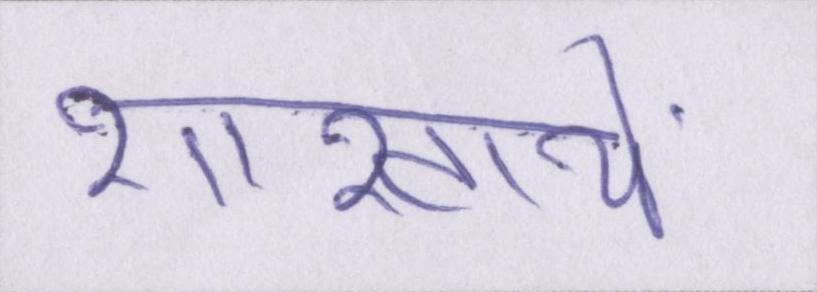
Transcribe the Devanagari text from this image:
शाखायें